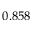
0 . 8 5 8